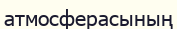
атмосферасының